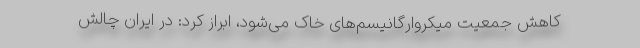
کاهش جمعیت میکرو‌ارگانیسم‌های خاک می‌شود، ابراز کرد: در ایران چالش